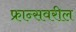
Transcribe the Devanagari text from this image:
फ्रान्सवरील